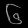
Digit: ၆